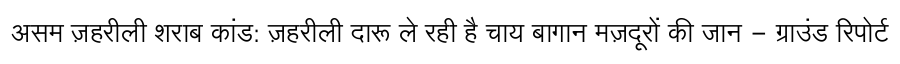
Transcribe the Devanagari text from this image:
असम ज़हरीली शराब कांड: ज़हरीली दारू ले रही है चाय बागान मज़दूरों की जान - ग्राउंड रिपोर्ट